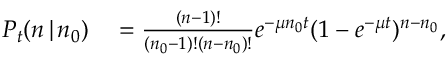
\begin{array} { r l } { P _ { t } ( n \, | \, n _ { 0 } ) } & { { } = \frac { ( n - 1 ) ! } { ( n _ { 0 } - 1 ) ! ( n - n _ { 0 } ) ! } e ^ { - \mu n _ { 0 } t } ( 1 - e ^ { - \mu t } ) ^ { n - n _ { 0 } } , } \end{array}